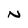
Character: N